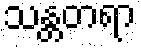
သန္တတရာ